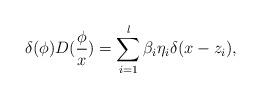
\begin{align*}\delta (\phi )D(\frac \phi x)=\sum\limits_{i=1}^l\beta _i\eta _i\delta(x-z_i), \end{align*}